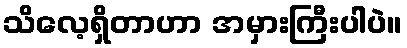
သိလေ့ရှိတာဟာ အမှားကြီးပါပဲ။